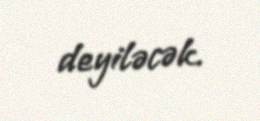
deyiləcək.